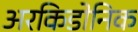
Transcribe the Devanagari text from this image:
अरकिडोनिक